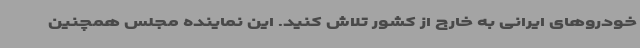
خودروهای ایرانی به خارج از کشور تلاش کنید. این نماینده مجلس همچنین